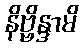
နိဗ္ဗိန္ဒာမိ